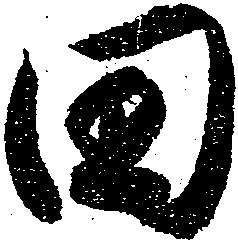
田